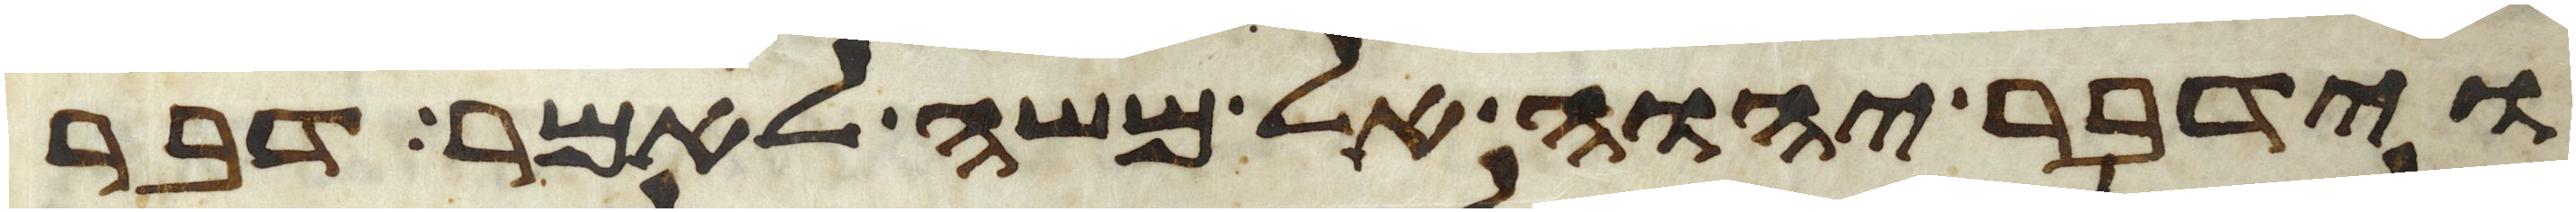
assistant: וידבר יהוה אל משה לאמר דבר